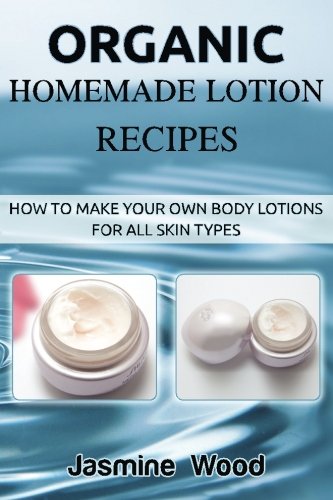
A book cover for Organic Homemade Lotion Recipes: How To Make Your Own Body Lotions For All Skin Types; Jasmine Wood; Crafts, Hobbies & Home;